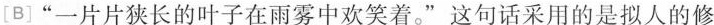
[B]”一片片狭长的叶子在雨雾中欢笑着。”这句话采用的是拟人的修